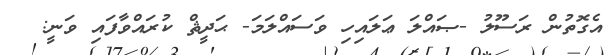
އެގޮތުން ރަސޫލު -ޞައްލަ ޢަލައިހި ވަސައްލަމަ- ޙަދީޘް ކުރައްވާފައި ވަނީ: